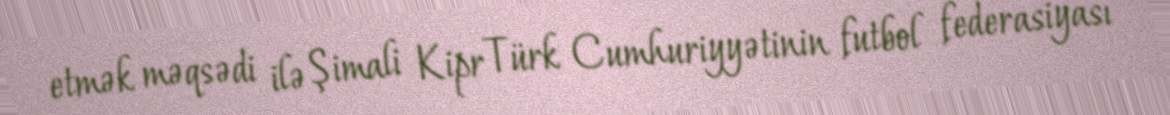
etmək məqsədi ilə Şimali Kipr Türk Cumhuriyyətinin futbol federasiyası